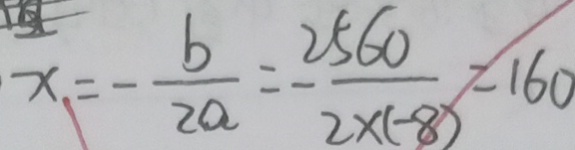
x = - \frac { b } { 2 a } = - \frac { 2 5 6 0 } { 2 \times ( - 8 ) } = 1 6 0